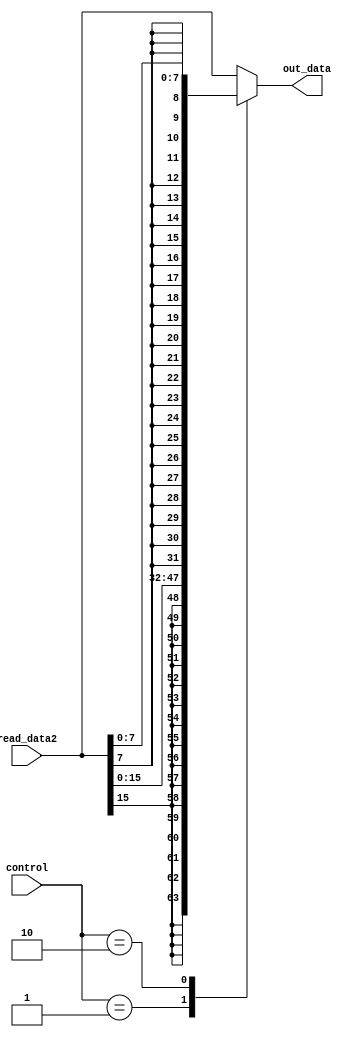
module store_mod(
	input [31:0] read_data2,
	input [1:0] control,
	output [31:0] out_data
);
	reg [31:0] temp;
	assign out_data = temp;
	always @(*)
	begin
		case (control)
			2'b00 	:	temp =  read_data2;
			2'b01	:	temp = {{17{read_data2[15]}},read_data2[14:0]};
			2'b10	:	temp = {{25{read_data2[7]}},read_data2[6:0]};
			default	:	temp = read_data2;
		endcase
	end
endmodule